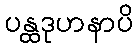
ပန္ထဒုဟနာပိ